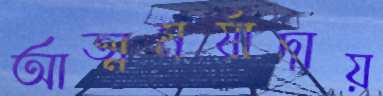
আত্মমর্যাদায়